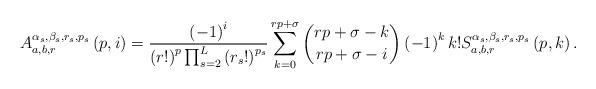
LaTeX: \begin{align*}A_{a,b,r}^{\alpha _{s},\beta _{s},r_{s},p_{s}}\left( p,i\right) =\frac{\left( -1\right) ^{i}}{\left( r!\right) ^{p}\prod_{s=2}^{L}\left(r_{s}!\right) ^{p_{s}}}\sum_{k=0}^{rp+\sigma }\binom{rp+\sigma -k}{rp+\sigma-i}\left( -1\right) ^{k}k!S_{a,b,r}^{\alpha _{s},\beta_{s},r_{s},p_{s}}\left( p,k\right) . \end{align*}